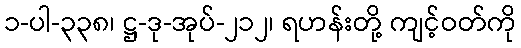
၁-ပါ-၃၃၈၊ ဋ္ဌ-ဒု-အုပ်-၂၁၂၊ ရဟန်းတို့ ကျင့်ဝတ်ကို